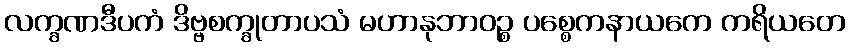
လက္ခဏဒီပကံ ဒိဗ္ဗစက္ခုတာပသံ မဟာနုဘာဝဉ္စ ပစ္စေကနာယကေ ကရိယတေ